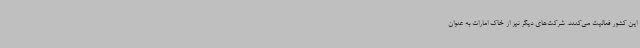
این کشور فعالیت می‌کنند. شرکت‌های دیگر نیز از خاک امارات به عنوان